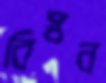
বিস্বন